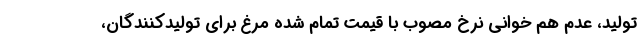
تولید، عدم هم خوانی نرخ مصوب با قیمت تمام شده مرغ برای تولیدکنندگان،